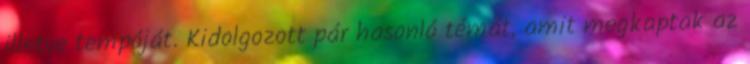
illetve tempóját. Kidolgozott pár hasonló témát, amit megkaptak az